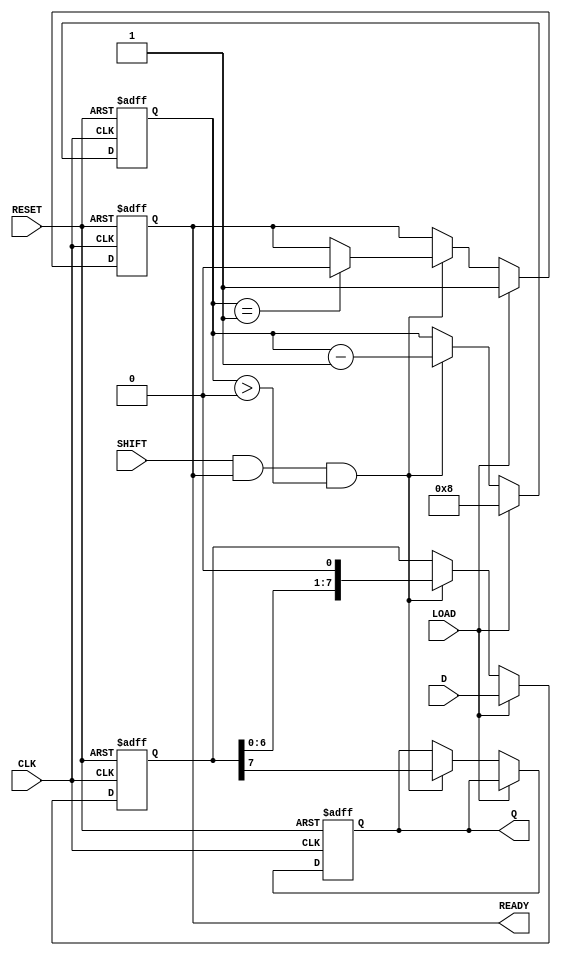
module piso_register #(
    parameter n = 8  // Parameter for the size of the register
)(
    input wire [n-1:0] D,      // Data inputs
    input wire LOAD,            // Load control signal
    input wire SHIFT,           // Shift control signal
    input wire CLK,             // Clock signal
    input wire RESET,           // Reset signal (optional)
    output reg Q,               // Serial output
    output reg READY            // Data ready signal
);

    reg [n-1:0] shift_reg;      // Internal storage for the register
    reg [3:0] bit_count;        // Counter for the number of bits shifted out

    always @(posedge CLK or posedge RESET) begin
        if (RESET) begin
            shift_reg <= 0;      // Clear the shift register
            Q <= 0;              // Clear the output
            READY <= 0;          // Clear the ready signal
            bit_count <= 0;      // Reset bit counter
        end else begin
            if (LOAD) begin
                shift_reg <= D;   // Load data into the shift register
                READY <= 1;       // Indicate that data is ready to be shifted out
                bit_count <= n;   // Set bit count to the size of the register
            end else if (SHIFT && READY && bit_count > 0) begin
                Q <= shift_reg[n-1]; // Output the MSB
                shift_reg <= {shift_reg[n-2:0], 1'b0}; // Shift right
                bit_count <= bit_count - 1; // Decrement the bit count
                if (bit_count == 1) begin
                    READY <= 0; // Clear ready signal after last bit is shifted out
                end
            end
        end
    end

endmodule